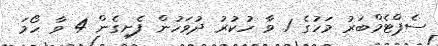
ސެޕްޓެމްބަރު މަހުގެ 1 ވާ ހުކުރު ދުވަހުން ފެށިގެން 4 ވާ ހޯމަ